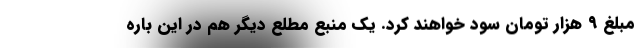
مبلغ ۹ هزار تومان سود خواهند کرد. یک منبع مطلع دیگر هم در این باره